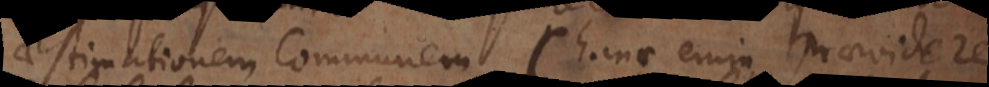
aestimationem communem (hanc enim praevidere